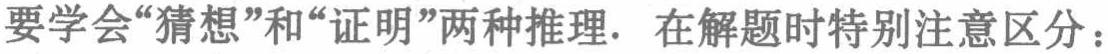
要学会“猜想”和“证明”两种推理. 在解题时特别注意区分：